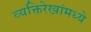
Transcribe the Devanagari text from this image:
व्यक्तिरेखांमध्ये